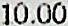
10.00